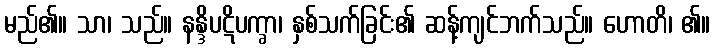
မည်၏။ သာ၊ သည်။ နန္ဒိပဋိပက္ခာ၊ နှစ်သက်ခြင်း၏ ဆန့်ကျင်ဘက်သည်။ ဟောတိ၊ ၏။